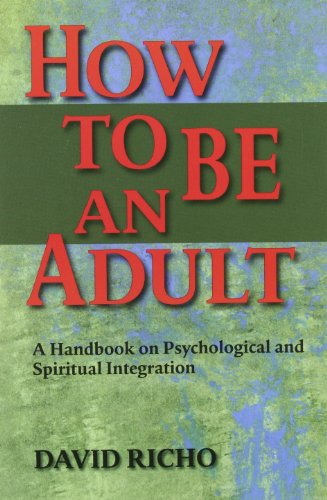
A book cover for How to Be an Adult: A Handbook for Psychological and Spiritual Integration; David Richo; Health, Fitness & Dieting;